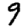
Digit: 9